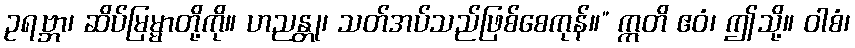
ဥရဗ္ဘာ၊ ဆိပ်မြမ္မာတို့ကို။ ဟညန္တု၊ သတ်အပ်သည်ဖြစ်စေကုန်။” ဣတိ ဧဝံ၊ ဤသို့။ ဝါစံ၊